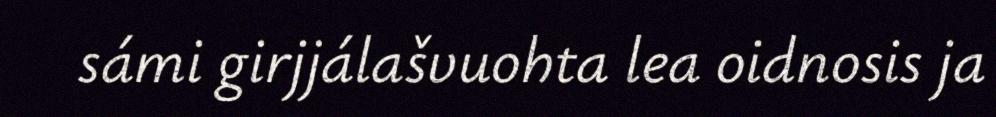
sámi girjjálašvuohta lea oidnosis ja